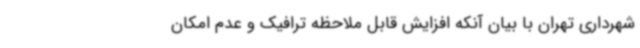
شهرداری تهران با بیان آنکه افزایش قابل ملاحظه ترافیک و عدم امکان